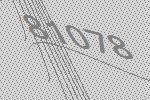
81078